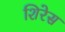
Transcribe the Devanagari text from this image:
शिरेस